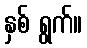
နှစ် ရွက်။